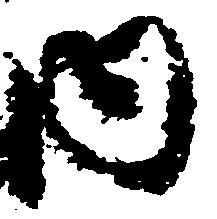
内